Vaccination in the Punjab 1897-1904 - 1897-1904
Year: 1897
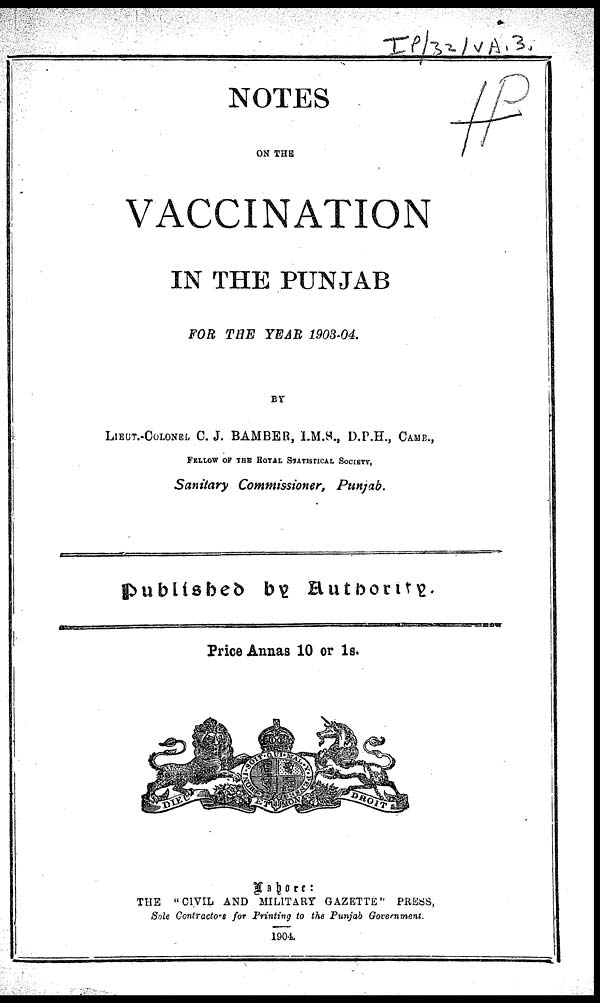
NOTES
ON THE
VACCINATION
IN THE PUNJAB
FOR THE YEAR 1903-04.
BY
LIEUT. -COLONEL C. J. BAMBER, I.M.S., D.P.H., CAMB. ,
FELLOW OF THE ROYAL STATISTICAL SOCIETY,
Sanitary Commissioner, Punjab.
Published by Authority.
Price Annas 10 or 1s.
Lahore:
THE
"CIVIL AND MILITARY GAZETTE" PRESS,
Sole Contractors for Printing to the Punjab
Government.
1904.